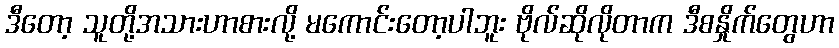
ဒီတော့ သူတို့အသားဟာစားလို့ မကောင်းတော့ပါဘူး ဗိုလ်ဆိုလိုတာက ဒီစနှိုက်တွေဟာ